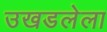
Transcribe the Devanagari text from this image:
उखडलेला